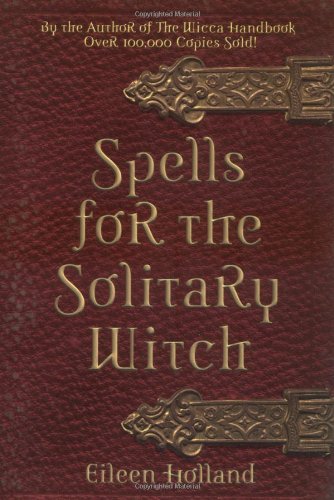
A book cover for Spells for the Solitary Witch; Eileen Holland; Self-Help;